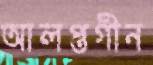
আলপ্তগীন